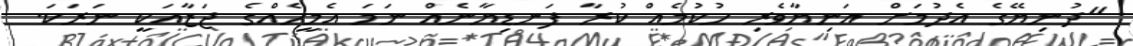
"ދުނިޔޭގެ އެދުމަށް އަނިޔާވެރި ހުކުމެއް ކުރާ ފަނޑިޔާނެއް ނަމަ އެމީހެއްގެ ޖަޒާއަކީ ނަރަކަ.